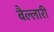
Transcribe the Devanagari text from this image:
बैल्लारी